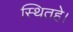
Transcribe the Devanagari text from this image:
स्थितहे।